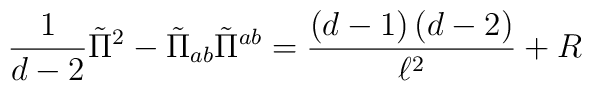
\frac{1}{d-2}\tilde{\Pi}^{2}-\tilde{\Pi}_{ab}\tilde{\Pi}^{ab}=\frac{\left(d-1\right) \left( d-2\right) }{\ell ^{2}}+R